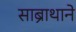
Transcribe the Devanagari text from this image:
साब्राथाने